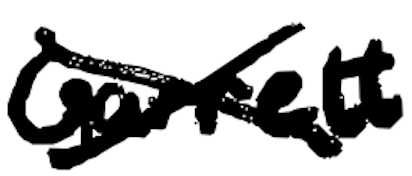
Text: Garrett
Cross-out: cross
Writing tool: digital_black